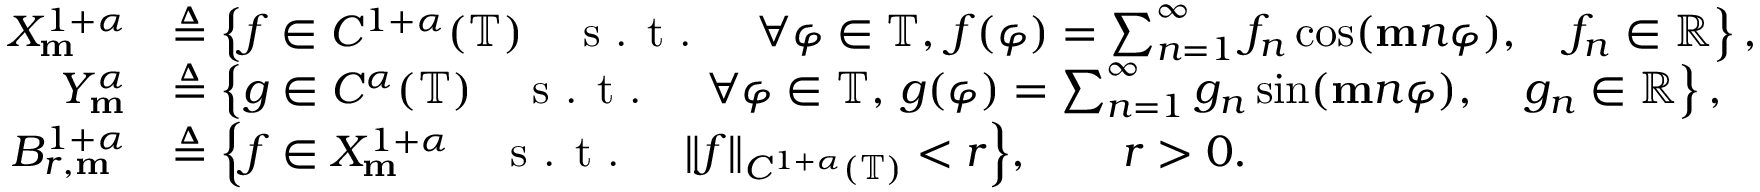
\begin{array} { r l } { X _ { \mathbf { m } } ^ { 1 + \alpha } } & { \triangleq \left\lbrace f \in C ^ { 1 + \alpha } ( \mathbb { T } ) \quad \textnormal { s . t . } \quad \forall \varphi \in \mathbb { T } , \, f ( \varphi ) = \sum _ { n = 1 } ^ { \infty } f _ { n } \cos ( \mathbf { m } n \varphi ) , \quad f _ { n } \in \mathbb { R } \right\rbrace , } \\ { Y _ { \mathbf { m } } ^ { \alpha } } & { \triangleq \left\lbrace g \in C ^ { \alpha } ( \mathbb { T } ) \quad \textnormal { s . t . } \quad \forall \varphi \in \mathbb { T } , \, g ( \varphi ) = \sum _ { n = 1 } ^ { \infty } g _ { n } \sin ( \mathbf { m } n \varphi ) , \quad g _ { n } \in \mathbb { R } \right\rbrace , } \\ { B _ { r , \mathbf { m } } ^ { 1 + \alpha } } & { \triangleq \Big \{ f \in X _ { \mathbf { m } } ^ { 1 + \alpha } \quad \textnormal { s . t . } \quad \| f \| _ { C ^ { 1 + \alpha } ( \mathbb { T } ) } < r \Big \} , \qquad r > 0 . } \end{array}